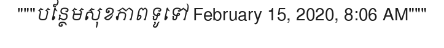
"""បន្ថែមសុខភាពទូទៅ February 15, 2020, 8:06 AM"""